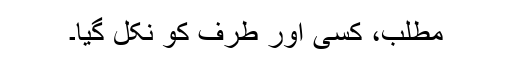
مطلب، کسی اور طرف کو نکل گیا۔